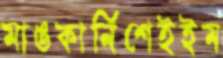
মাঙকার্নিশেইইম